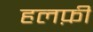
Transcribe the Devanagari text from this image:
हलफ़ी